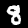
Digit: 8